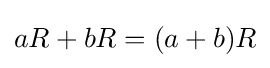
aR+bR=(a+b)R